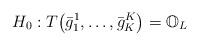
LaTeX: \begin{align*} H_0: T\bigl(\bar{g}_1^1,\dots,\bar{g}_K^K\bigr) = \mathbb{O}_L\end{align*}